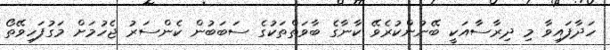
ހަދާފައިވާ މި ދިރާސާއަކީ ބޭނުންކުރެވޭ ކާނާގެ ބާވަތްތަކުގެ ސަބަބުން ކެންސަރު ޖެހުމަށް މަގުފަހިވޭތޯ